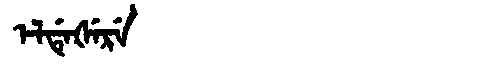
Manchu: ᡝᠯᡩᡝᡧᡝᡵᡝ
Romanization: ELDEŠERE